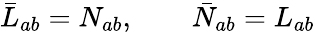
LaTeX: \bar{L}_{ab}=N_{ab},\qquad\bar{N}_{ab}=L_{ab}